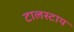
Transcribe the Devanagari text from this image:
टालस्‍टाय